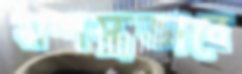
সশস্ত্রভাবে